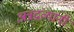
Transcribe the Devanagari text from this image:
अन्नद्रव्यांनी